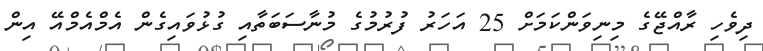
ދިވެހި ރާއްޖޭގެ މިނިވަންކަމަށް 25 އަހަރު ފުރުމުގެ މުނާސަބަތާއި ގުޅުވައިގެން އެމްއެމްއޭ އިން